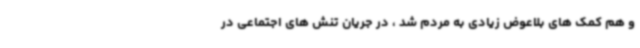
و هم کمک های بلاعوض زیادی به مردم شد ، در جریان تنش های اجتماعی در